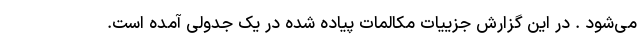
می‌شود . در این گزارش جزییات مکالمات پیاده شده در یک جدولی آمده است.